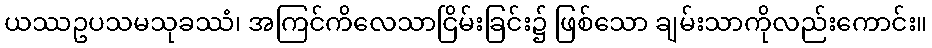
ယဿဥပသမသုခဿံ၊ အကြင်ကိလေသာငြိမ်းခြင်း၌ ဖြစ်သော ချမ်းသာကိုလည်းကောင်း။